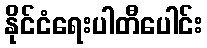
နိုင်ငံရေးပါတီပေါင်း